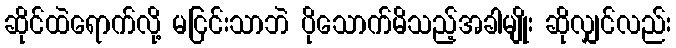
ဆိုင်ထဲရောက်လို့ မငြင်းသာဘဲ ပိုသောက်မိသည့်အခါမျိုး ဆိုလျှင်လည်း